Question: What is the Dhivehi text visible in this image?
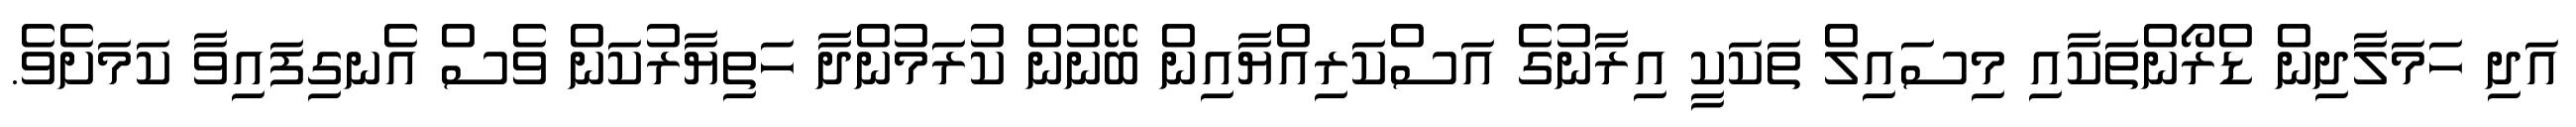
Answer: އަދި ހަމަލާދިން ޑްރޯންތަކާއި މިސައިލް ތަކަކީ އިރާނުގެ އަސްކަރިއްޔާއިން ބޭނުން ކުރަމުންދާ ހަތިޔާރުކަން ވެސް އެނގިފައިވާ ކަމަށެވެ.